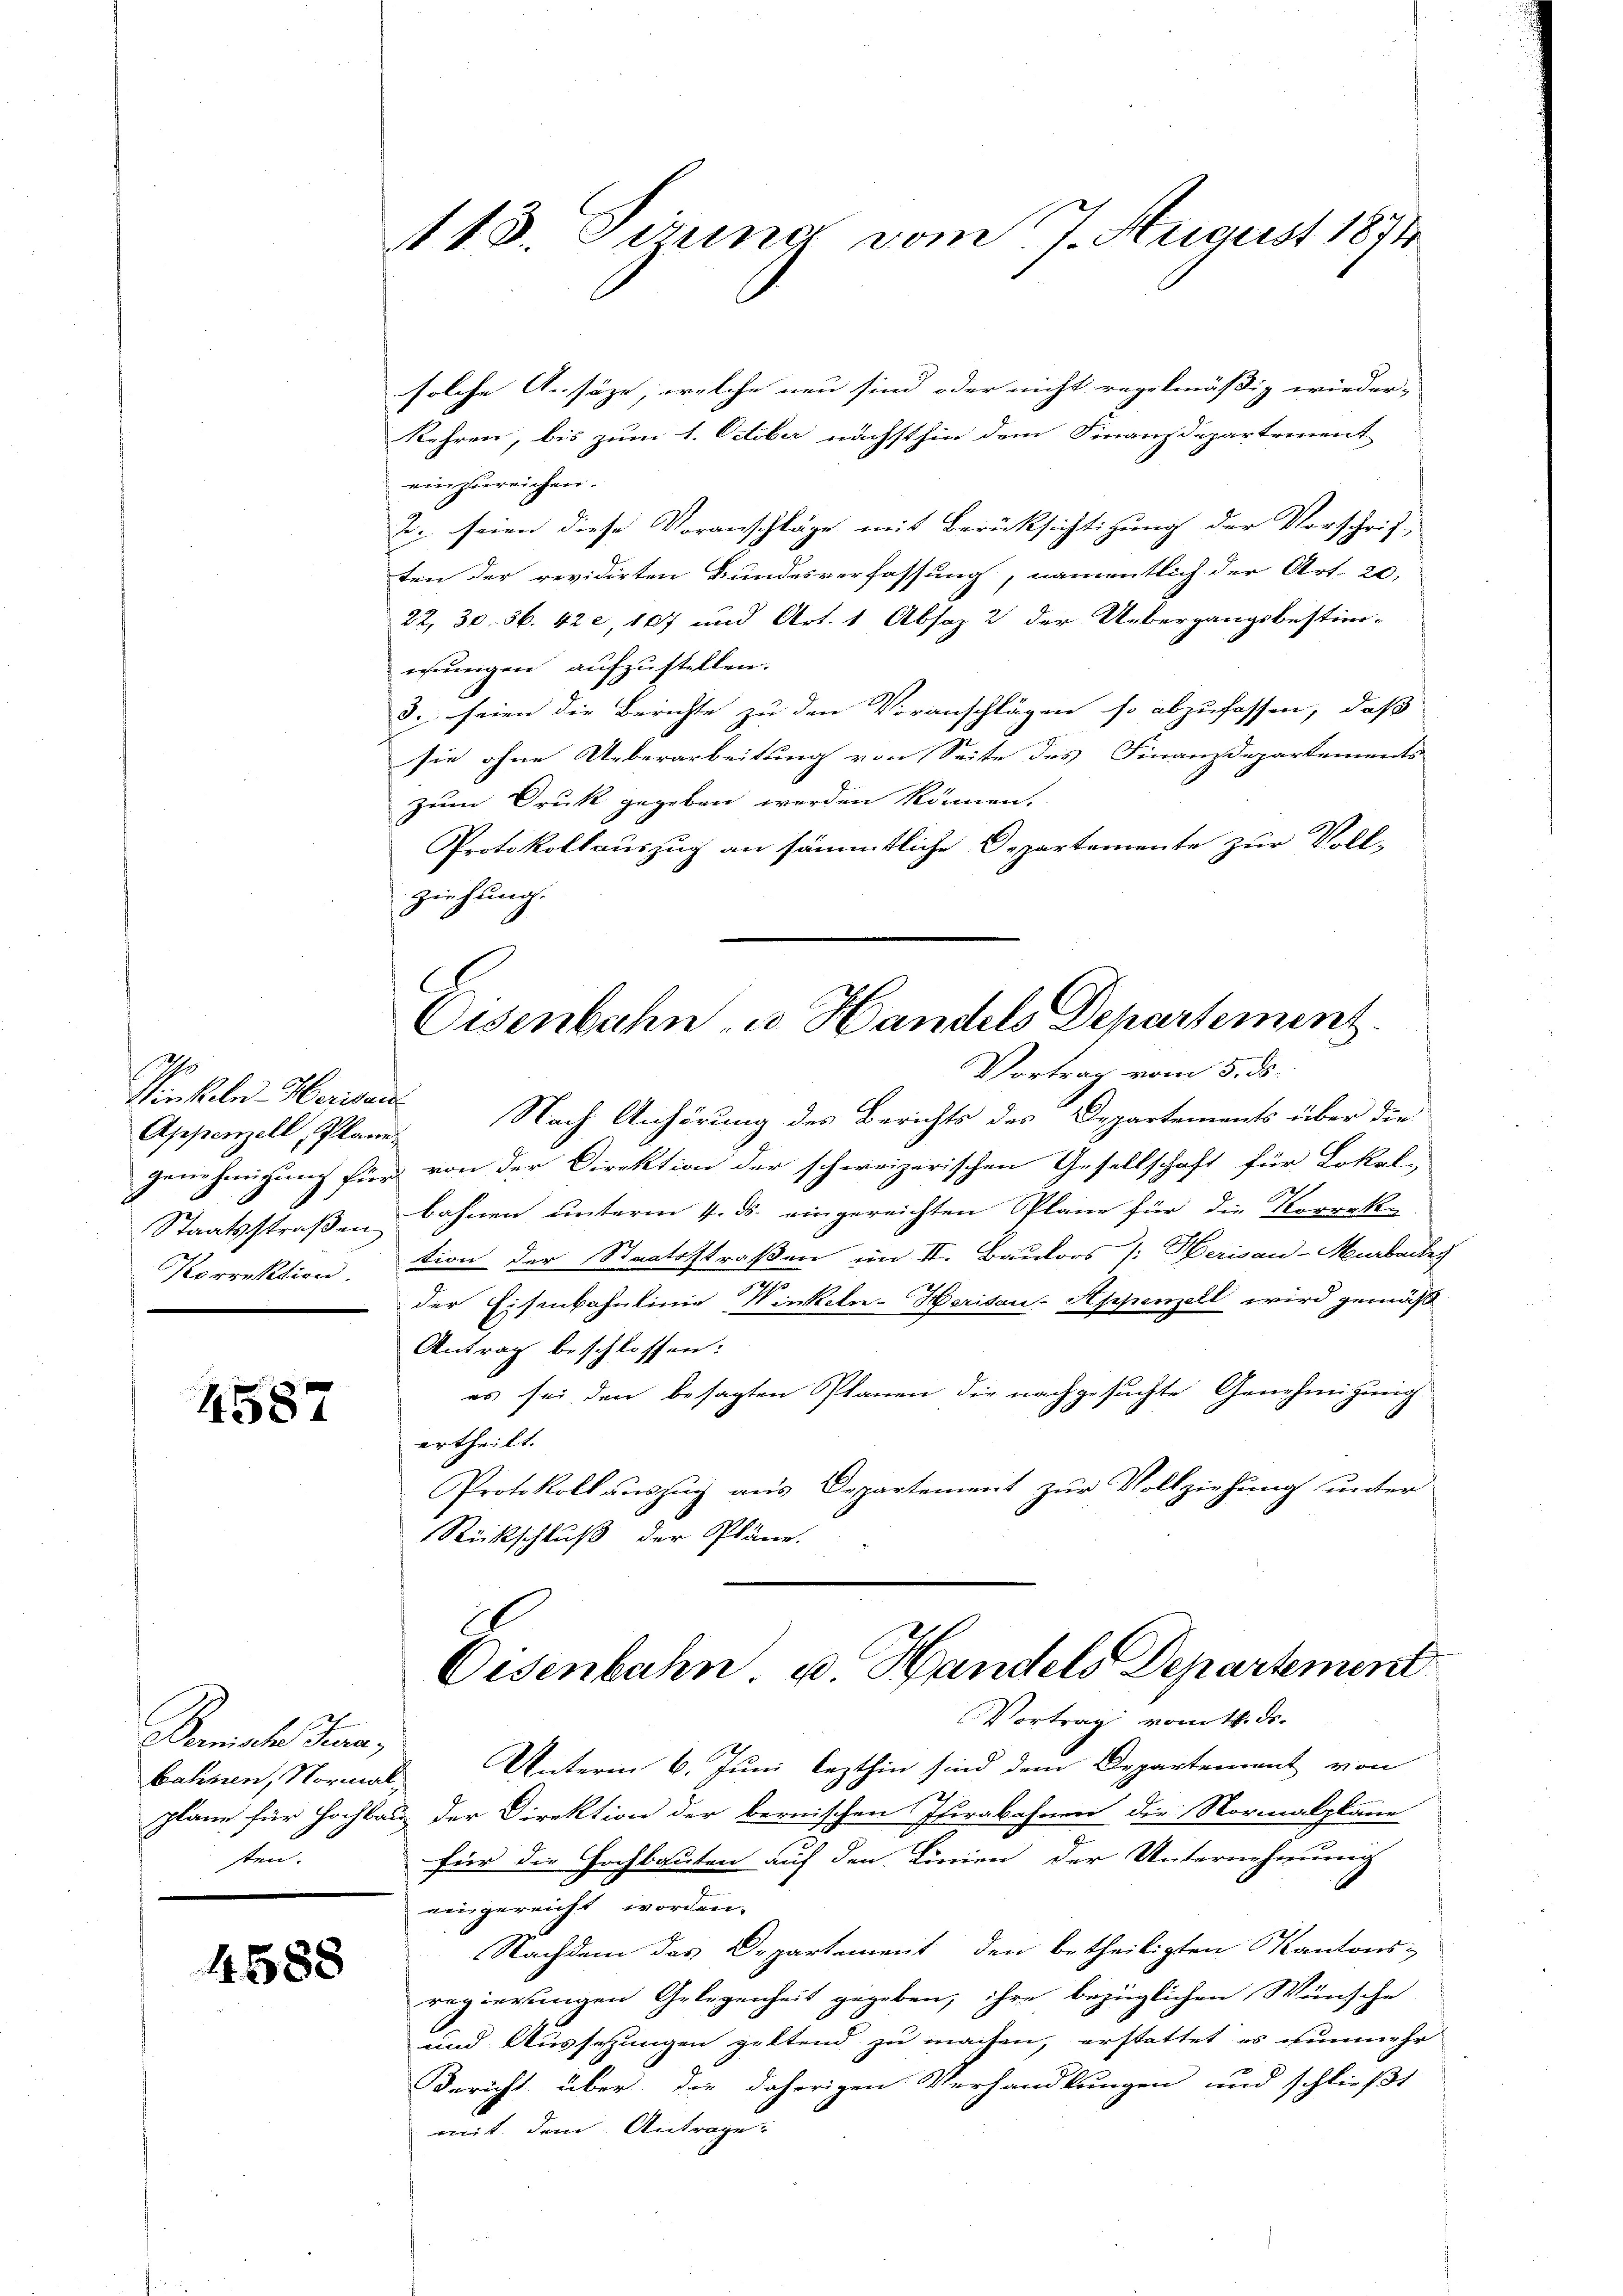
Appenzell, Planes
Korrektion.

4587

Bemals Jura,
ten.

4588

113. Jena vom 7. August 1874

solche Ansäze, welche neu sind oder nicht regelmässig wieder. |
kehren, bis zum 1. October nächsthin dem Finanzdepartement
einzureichen.
2. seien diese Voranschläge mit Berücksichtigung der Vorschrift
ten der revidirten Bundesverfassung, namentlich der Art. 20,
22, 30. 36. 422, 107 und Art. 1 Absaz 2 der Uebergangsbestim-
wungen aufzustellen.
3. seien die Berichte zu den Voranschlägen so abzufassen, daß
sie ohne Ueberarbeitung von Seite des Finanzdepartements
zum Druk gegeben werden können.
Protokollauszug an sämmtliche Departemente zur Voll-
ziehung.
Vortrag vom 5. ds.
Pinkeln-Herisau. Nach Anhörung des Berichts des Departements über die
genehmigung für von der Direktion der schweizerischen Gesellschaft für Lokale
Staatsstraβenbahnen unterm 4. ds. eingereichten Pläne für die Korrek-
tion der Staatsstraßen im II. Bautors /: Merisau-Murbares
der Eisenbahnlinie Winkeln-Horisau-Appenzell wird gemäß
Antrag beschlossen:
es sei den besagten Planen die nachgesuchte Genehmigung
ertheilt.
Protokoll auszug aus Departement zur Vollziehung unter
Rückschluß der Pläne.
Eisenbahn u. Handels Departement
Vortrag vom 14. ds.
bahnen, Normal. Unterm 6. Juni lezthin sind dem Departement von
plane für Hochbau der Direktion der bernischen Iurabahnen die Normalpläne
für die Hochbauten auf den Linien der Unternehmung
eingereicht worden.
Nachdem das Departement den betheiligten Kantons-
regierungen Gelegenheit gegeben, ihre bezüglichen Wünsche
und Aussetzungen geltend zu machen, erstattet es nunmehr
Bericht über die daherigen Verhandlungen und schließt
mit dem Antrage:

C
Eisenbahn u. Handels Departement